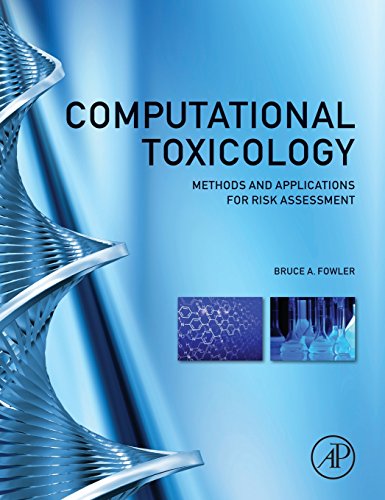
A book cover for Computational Toxicology: Methods and Applications for Risk Assessment; Medical Books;